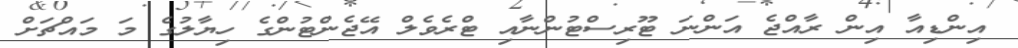
އިންޑިއާ އިން ރާއްޖެ އަންނަ ޓޫރިސްޓުންނާއި ޓްރެވެލް އޭޖެންޓުންގެ ހިޔާލުގެ މަ މައްޗަށް